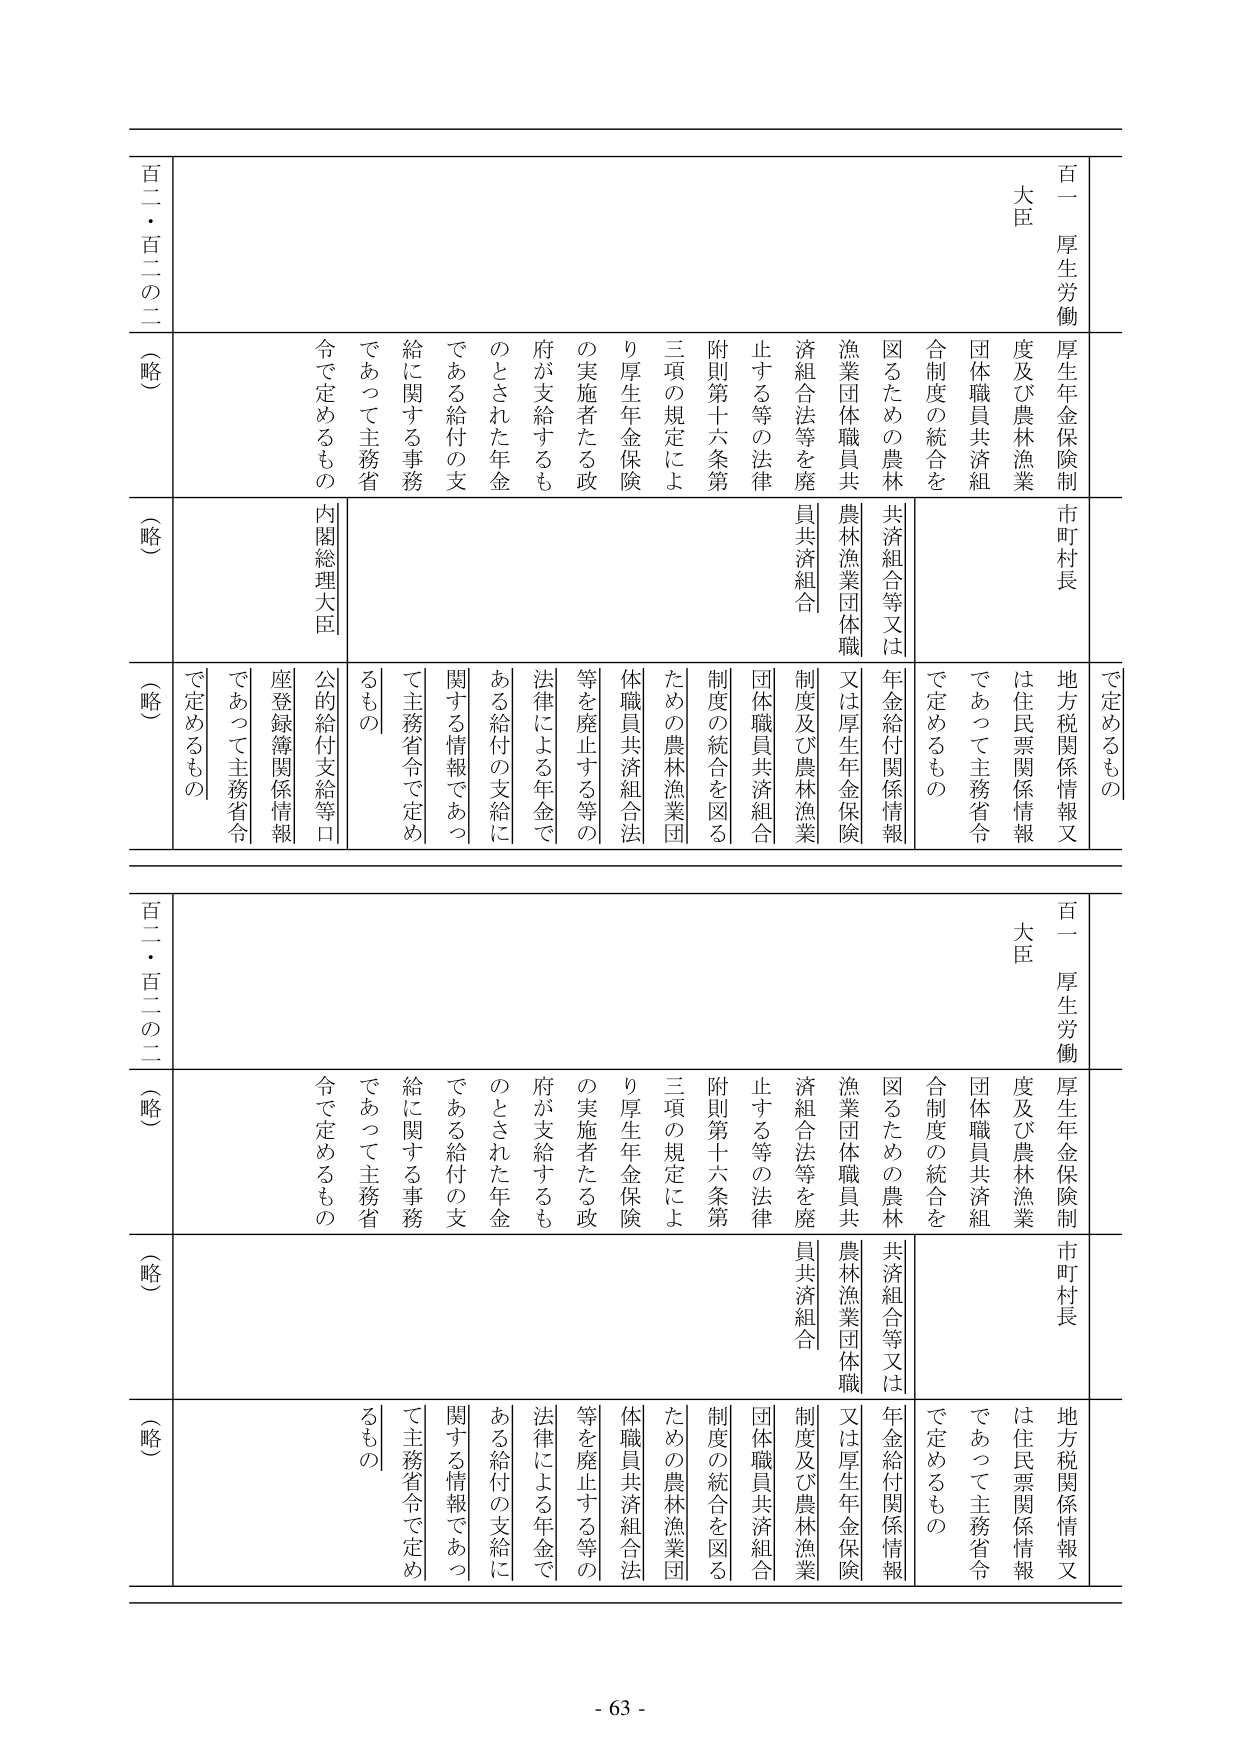
百一 厚生労働大臣
厚生年金保険制度及び農林漁業団体職員共済組合制度の統合を図るための農林漁業団体職員共済組合等又は農林漁業団体職員共済組合等を廃止する等の法律附則第十六条第三項の規定により厚生年金保険の実施者たる政府が支給するものとされた年金である給付の支給に関する事務であって主務省令で定めるもの

市町村長
地方税関係情報又は住民票関係情報であって主務省令で定めるもの

内閣総理大臣
公的給付支給等口座登録簿関係情報であって主務省令で定めるもの

百二・百二の二（略）

百一 厚生労働大臣
厚生年金保険制度及び農林漁業団体職員共済組合制度の統合を図るための農林漁業団体職員共済組合等又は農林漁業団体職員共済組合等を廃止する等の法律附則第十六条第三項の規定により厚生年金保険の実施者たる政府が支給するものとされた年金である給付の支給に関する情報であって主務省令で定めるもの

市町村長
地方税関係情報又は住民票関係情報であって主務省令で定めるもの

百二・百二の二（略）

- 63 -